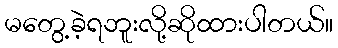
မတွေ့ခဲ့ရဘူးလို့ဆိုထားပါတယ်။